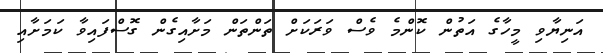
އަނިޔާވި މީހާގެ އަތުން ކޮންމެ ވެސް ވަރަކަށް ތަންތަން މަށާއިގެން ގޮސްފައިވާ ކަމަށާއި